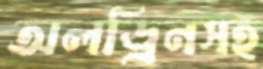
অলড্রিনসহ